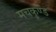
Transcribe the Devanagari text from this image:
मचकुण्ड